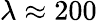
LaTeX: \lambda\approx 200